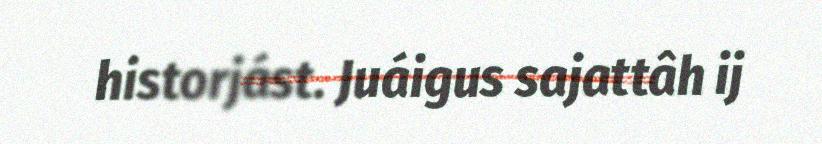
historjást. Juáigus sajattâh ij